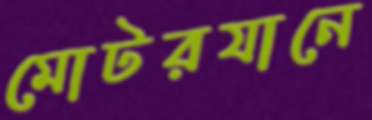
মোটরযানে